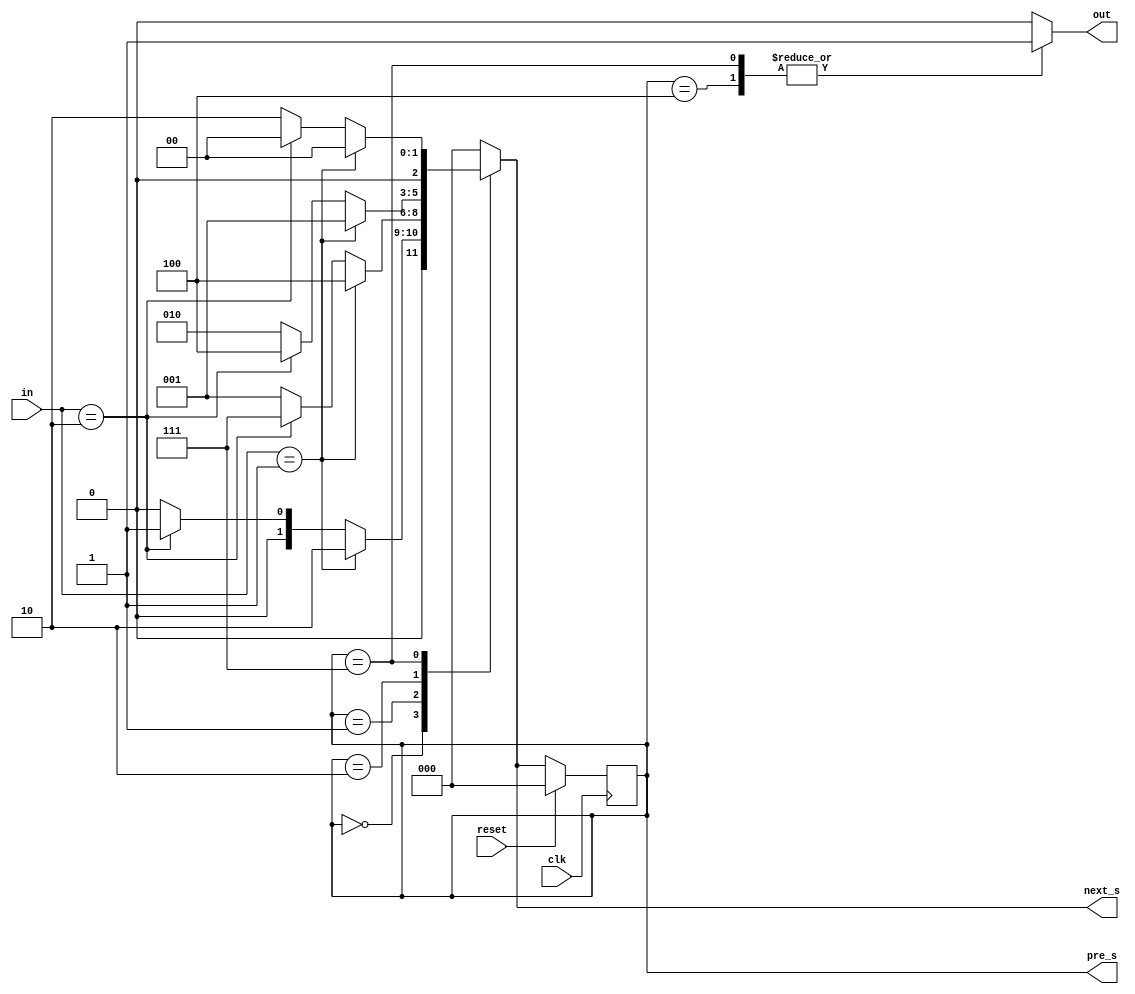
`timescale 1ns / 1ps
//////////////////////////////////////////////////////////////////////////////////
// Company: 
// Engineer: 
// 
// Design Name: 
// Module Name:    candy_12 
// Project Name: 
// Target Devices: 
// Tool versions: 
// Description: 
//
// Dependencies: 
//
// Revision: 
// Revision 0.01 - File Created
// Additional Comments: 
//
//////////////////////////////////////////////////////////////////////////////////
module candy_12(out,in,clk,reset,pre_s,next_s);
input clk,reset;
input [1:0] in;
output reg out;
parameter a=3'b000,b=3'b001,c=3'b010,d=3'b100,e=3'b111;
output reg [2:0]pre_s,next_s;

//reg [26:0]divider = 27'd0;
//always @(posedge clk or posedge reset)
//begin
//    if (reset)
 //      divider <=27'd0;
 //   else
 //      divider <= divider+27'd1;
//end

always @(posedge clk)
if (reset)
pre_s<=a;
else
pre_s<=next_s;

always @(in,pre_s)
case(pre_s)
a: if(in==2'b01) next_s<=c;
	 else if(in==2'b10) next_s<=b;
    else next_s<=a;
	 
b: if(in==2'b01) next_s<=d;
	 else if(in==2'b10) next_s<=e;
    else next_s<=b;

c: if(in==2'b01) next_s<=b;
	 else if(in==2'b10) next_s<=d;
    else next_s<=c;
	 
d: if(in==2'b01) next_s<=a;
	 else if(in==2'b10) next_s<=a;
    else next_s<=a;
	 
e: if(in==2'b01) next_s<=a;
	 else if(in==2'b10) next_s<=a;
    else next_s<=c;

default:next_s<=a;
endcase

always@ (in,pre_s)
case(pre_s)

a:out=0;
b:out=0;
c:out=0;
d:out=1;
e:out=1;
default:out=0;  	 
endcase  	 


endmodule